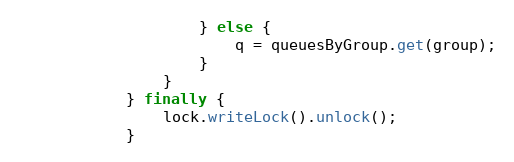
Language: Java
                    } else {
                        q = queuesByGroup.get(group);
                    }
                }
            } finally {
                lock.writeLock().unlock();
            }